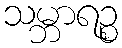
သမ္ဘာရဉ္စ